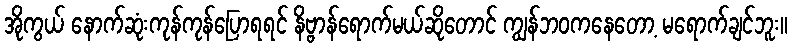
အိုကွယ် နောက်ဆုံးကုန်ကုန်ပြောရရင် နိဗ္ဗာန်ရောက်မယ်ဆိုတောင် ကျွန်ဘဝကနေတော့ မရောက်ချင်ဘူး။